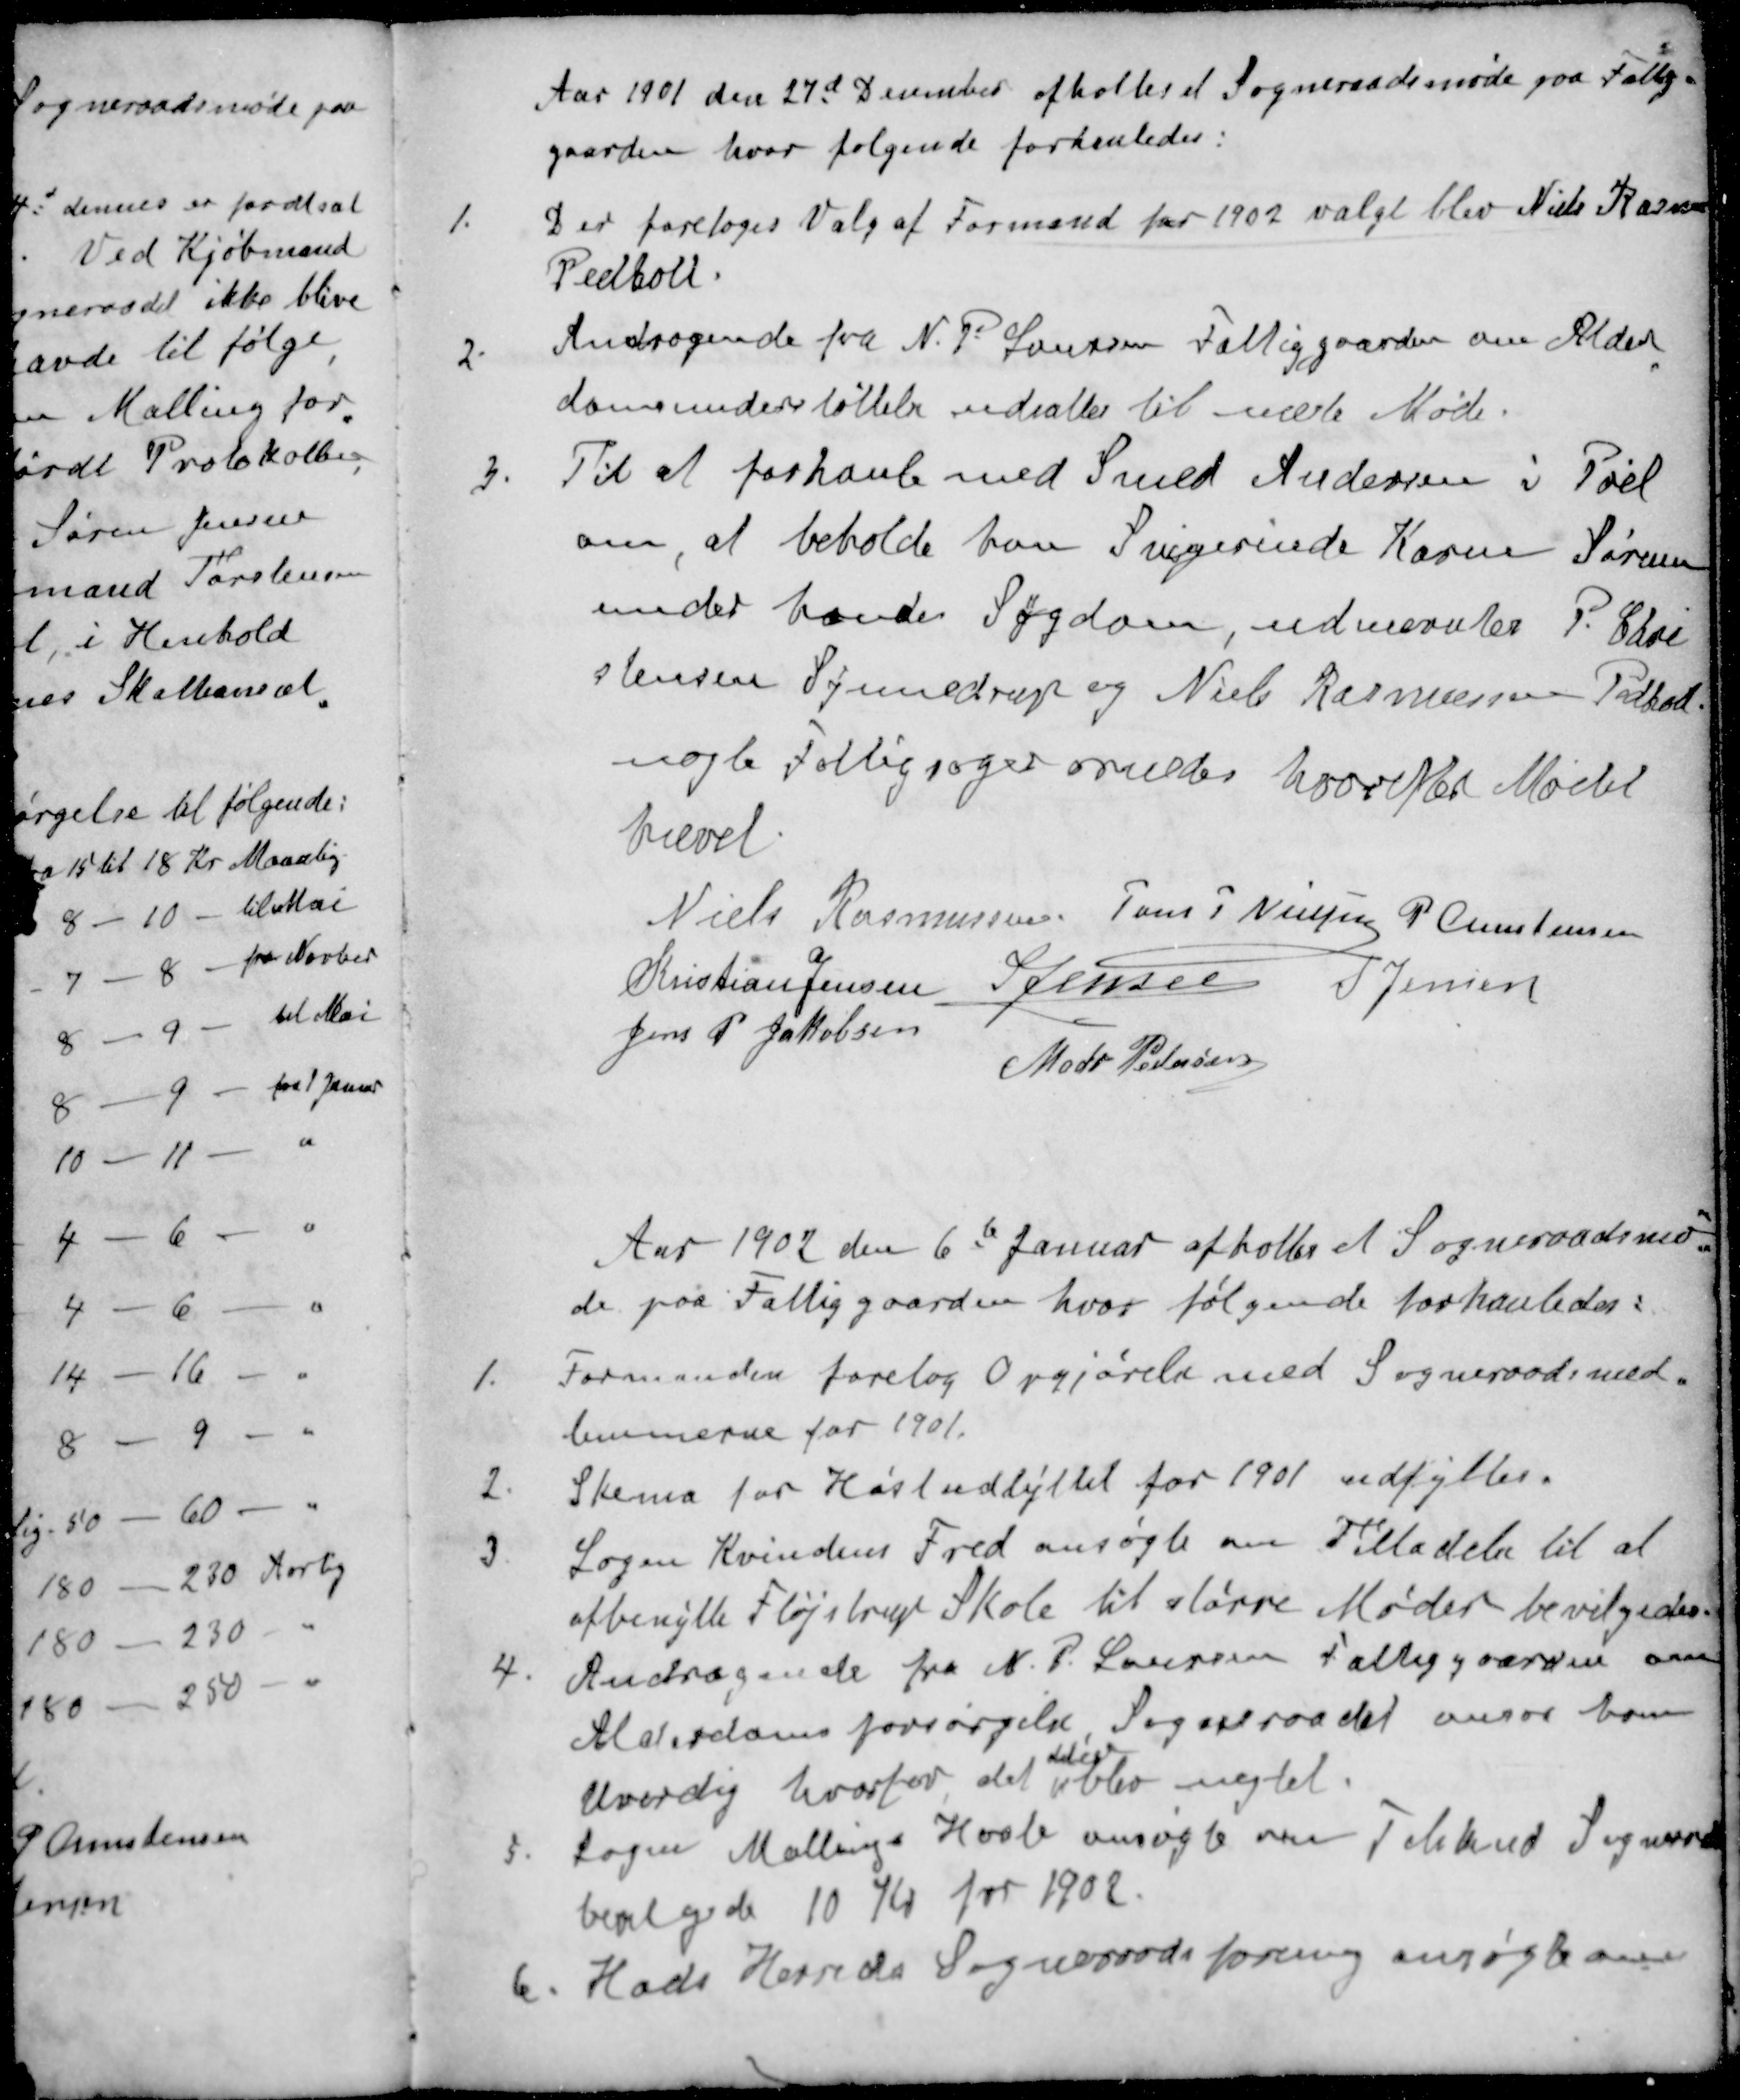
Transskription:
Aar 1901 den 27d December afholtes et Sogneraadsmøde paa Fattig-
gaarden hvor følgende forhanledes:
1. Der foretoges Valg af Formand for 1902 valgt blev Niels Rasmus
Pedholt.
2. Andragende fra N. P. Laursen Fattiggaarden om Alder
domsunderstøttelse udsattes til næste Møde.
3. Til at forhanle med Smed Andersen i Pøel
om at beholde han Svigerinde Karen Sørensen
under hendes Sygdom, udnævntes P. Chr
stensen Synnedrup og Niels Rasmussen Pedholt
nogle Fattigsager ornedes hvorefter Mødet
hævet
Niels Rasmussen
Jens P Nielsen
P. Christensen
Kristian Jensen
S Jensen
S Jensen
Jens P Jakobsen
Mads Pedersen
Aar 1902 den 6te Januar afholtes et Sogneraadsmø-
de paa Fattiggaarden hvor følgende forhanledes:
1. Formanden foretog Opgjørelse med Sogneraadsmed-
lemmerne for 1901.
2. Skema for Høstudbyttet for 1901 udfyltes.
3. Logen Kvindens Fred ansøgte om Tilladelse til at
afbenytte Fløjstrup Skole til større Møder bevilgedes
4. Andragende fra N. P. Laursen Fattiggaarden om
Alderdomsforsørgelse Sogneraadet anser ham
det igen
Uværdag hvorfor det blev nægtet.
5. Logen Mallings Haab ansøgte om Tilskud Sogneraad
bevilgede 10 Kr for 1902.
6. Hads Herreds Sogneraadsforening ansøgte om